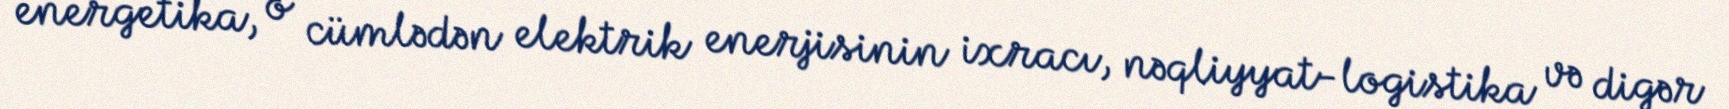
energetika, o cümlədən elektrik enerjisinin ixracı, nəqliyyat-logistika və digər